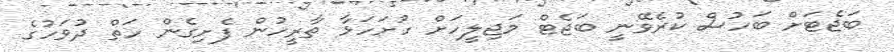
ބަޖެޓަށް ބަހުސް ކުރެވޭނީ ބަޖެޓް މަޖިލީހަށް ހުށަހަޅާ ތާރީހުން ފެށިގެން ހަތް ދުވަހުގެ